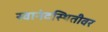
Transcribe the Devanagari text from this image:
स्वानंदस्थितीवर